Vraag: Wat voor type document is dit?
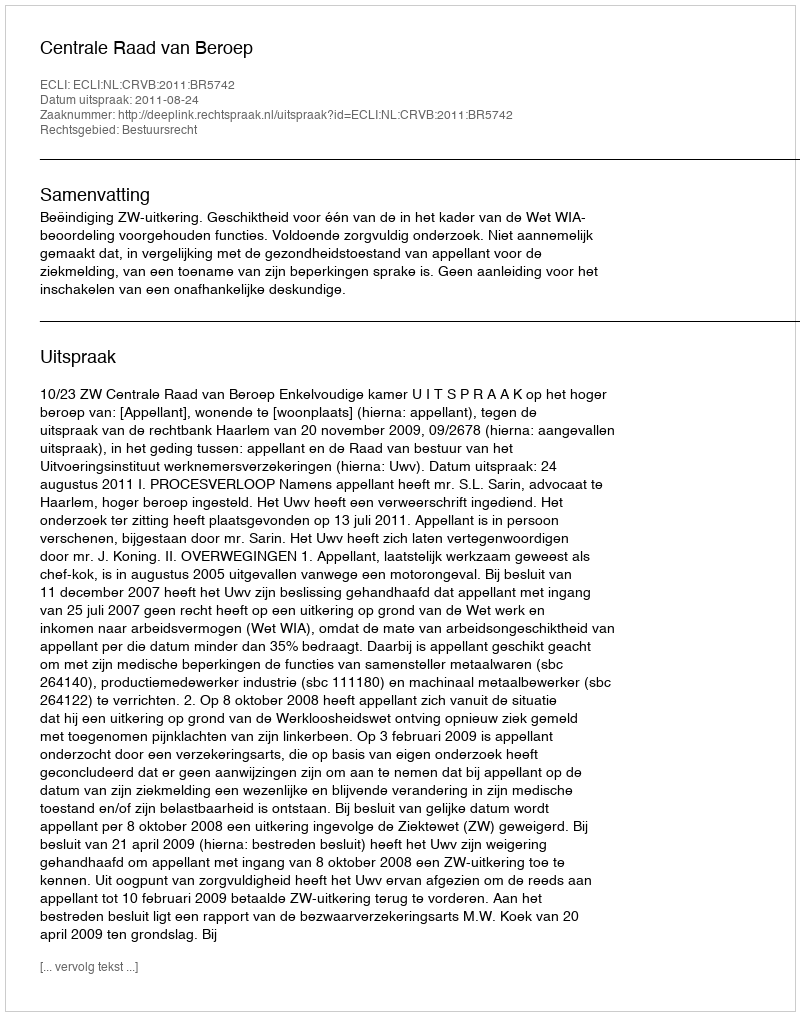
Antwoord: Uitspraak